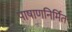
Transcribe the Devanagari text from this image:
पाषाणनिर्मित